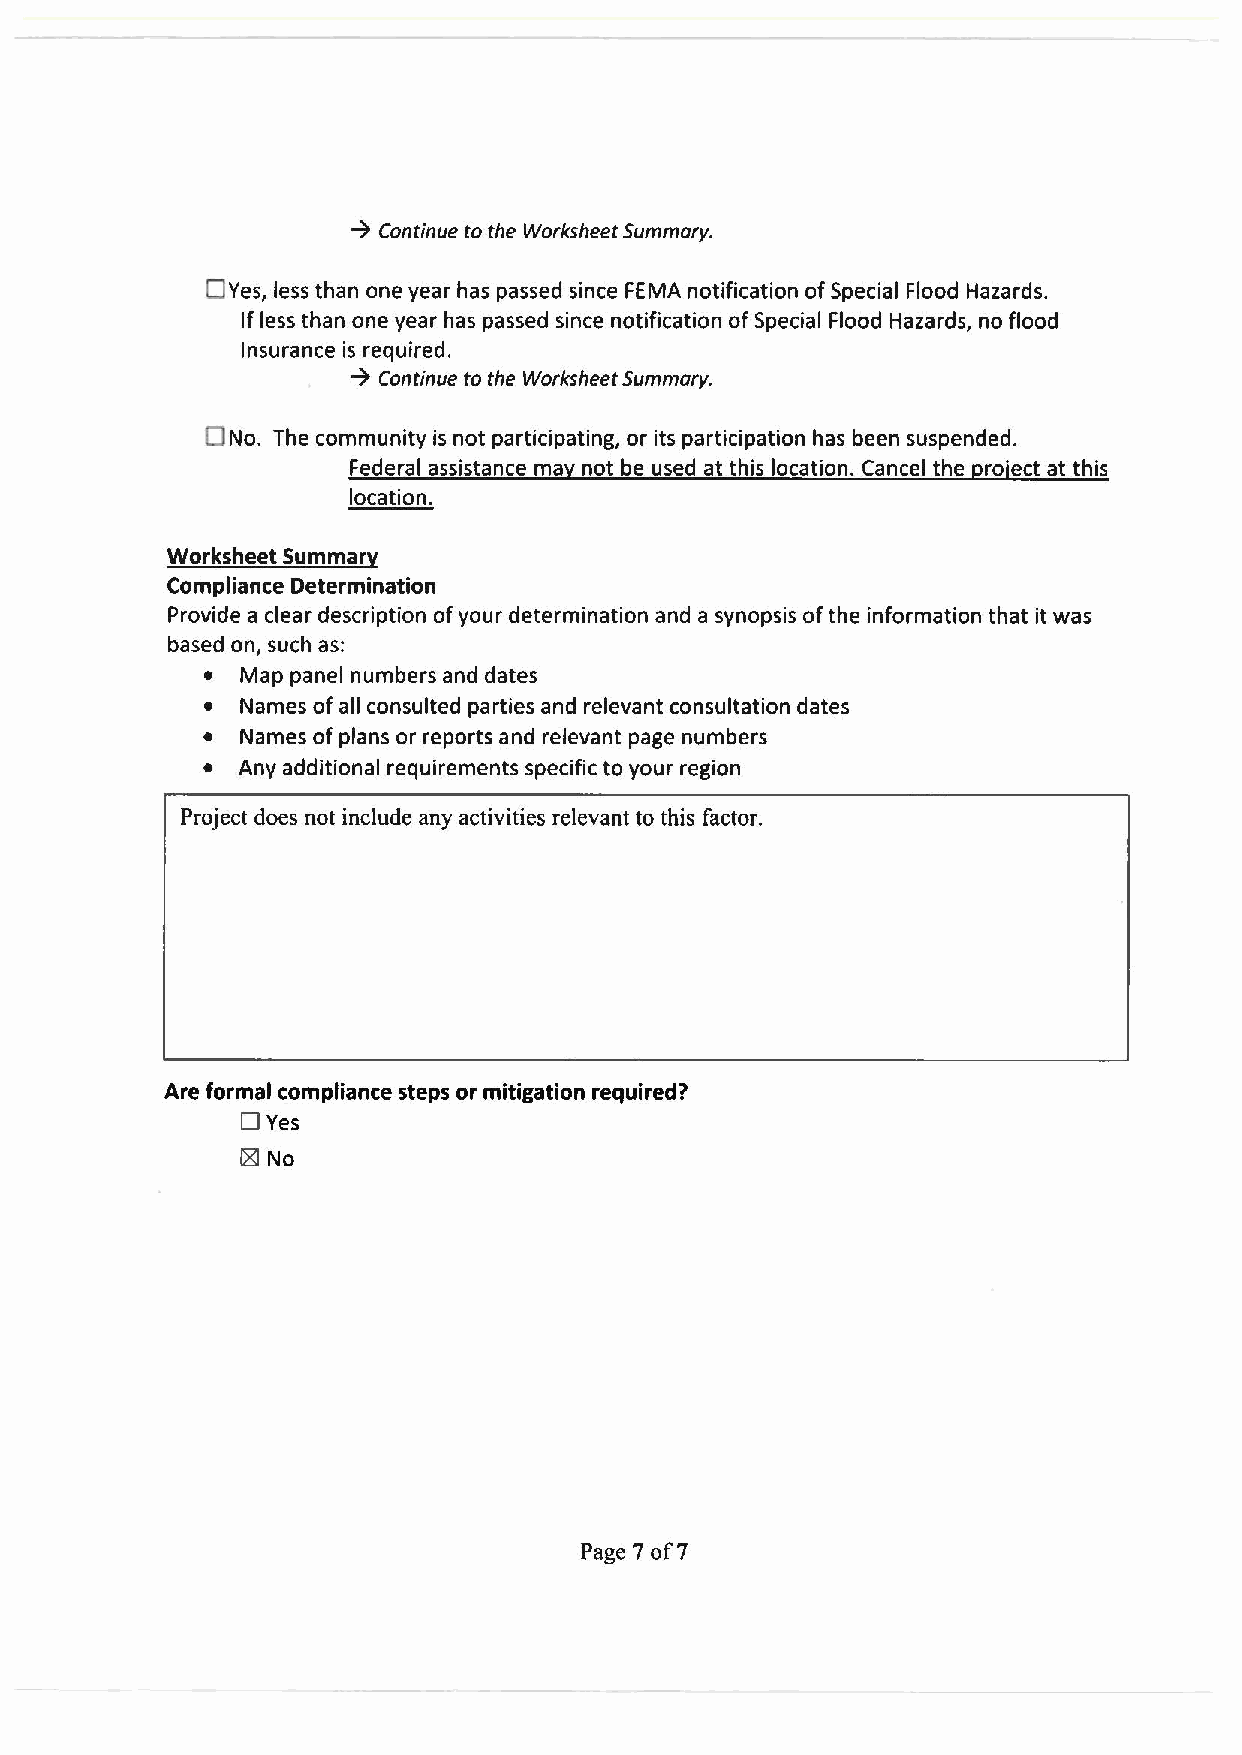
➔ Continue to the Worksheet Summary.
 □ Yes, less than one year has passed since FEMA notification of Special Flood Hazards.
 If less than one year has passed since notification of Special Flood Hazards, no flood
 Insurance is required.
 ➔ Continue to the Worksheet Summary.
 DNo. The community is not participating, or its participation has been suspended.
 Federal assistance may not be used at this location. Cancel the project at this
 location.
 Worksheet Summary
 Compliance Determination
 Provide a clear description of your determination and a synopsis of the information that it was
 based on, such as:
 •  Map panel numbers and dates
 •  Names of all consulted parties and relevant consultation dates
 •  Names of plans or reports and relevant page numbers
 •  Any additional requirements specific to your region
 Project does not include any activities relevant to this factor.
 Are formal compliance steps or mitigation required?
 □ Yes
 ~ No
 Page 7 of 7